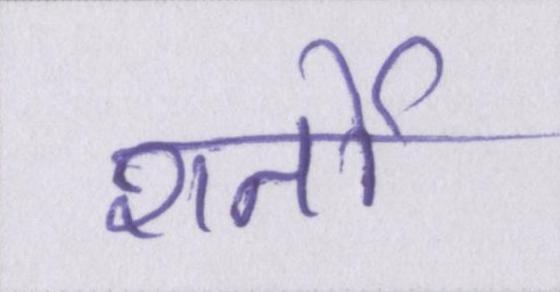
शर्तो